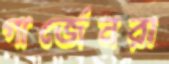
গার্জেনরা